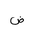
Letter: _dad